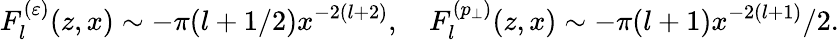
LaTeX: F_{l}^{(\varepsilon)}(z,x)\sim-\pi(l+1/2)x^{-2(l+2)},\quad F_{l}^{(p_{\perp})}(z,x)\sim-\pi(l+1)x^{-2(l+1)}/2.